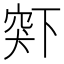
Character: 𬔋